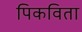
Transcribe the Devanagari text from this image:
पिकविता